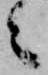
之